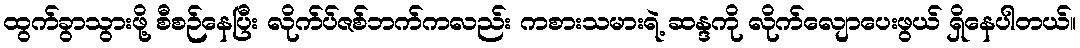
ထွက်ခွာသွားဖို့ စီစဉ်နေပြီး လိုက်ပ်ဇစ်ဘက်ကလည်း ကစားသမားရဲ့ ဆန္ဒကို လိုက်လျောပေးဖွယ် ရှိနေပါတယ်။